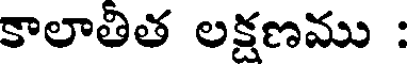
కాలాతిత లక్షణము :